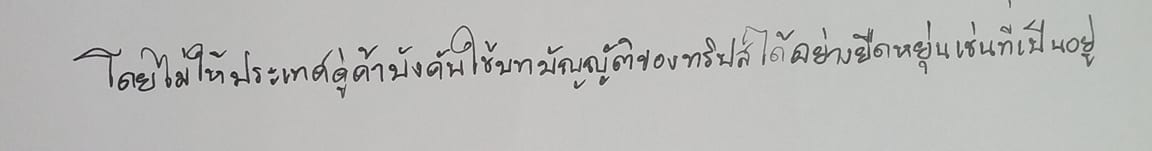
โดยไม่ให้ประเทศคู่ค้าบังคับใช้บทบัญญัติของทริปส์ได้อย่างยืดหยุ่นเช่นที่เป็นอยู่